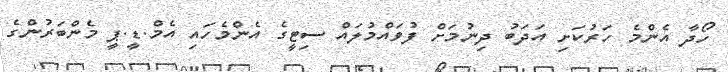
ހޯދާ އެންމެ ހަރުކަށި އަދަބު ދިނުމަށް ފުވައްމުލައް ސިޓީގެ އެންމެހައި އެމް.ޑީ.ޕީ މެންބަރުންގެ